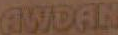
AWDAN